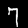
Label: 7